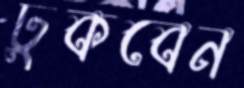
ঢুকবেন